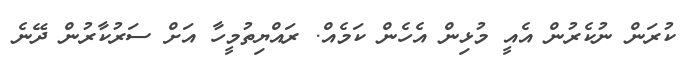
ކުރަން ނުކެރުން އެއީ މުޅިން އެހެން ކަމެއް. ރައްޔިތުމީހާ އަށް ސަރުކާރުން ދޭނެ